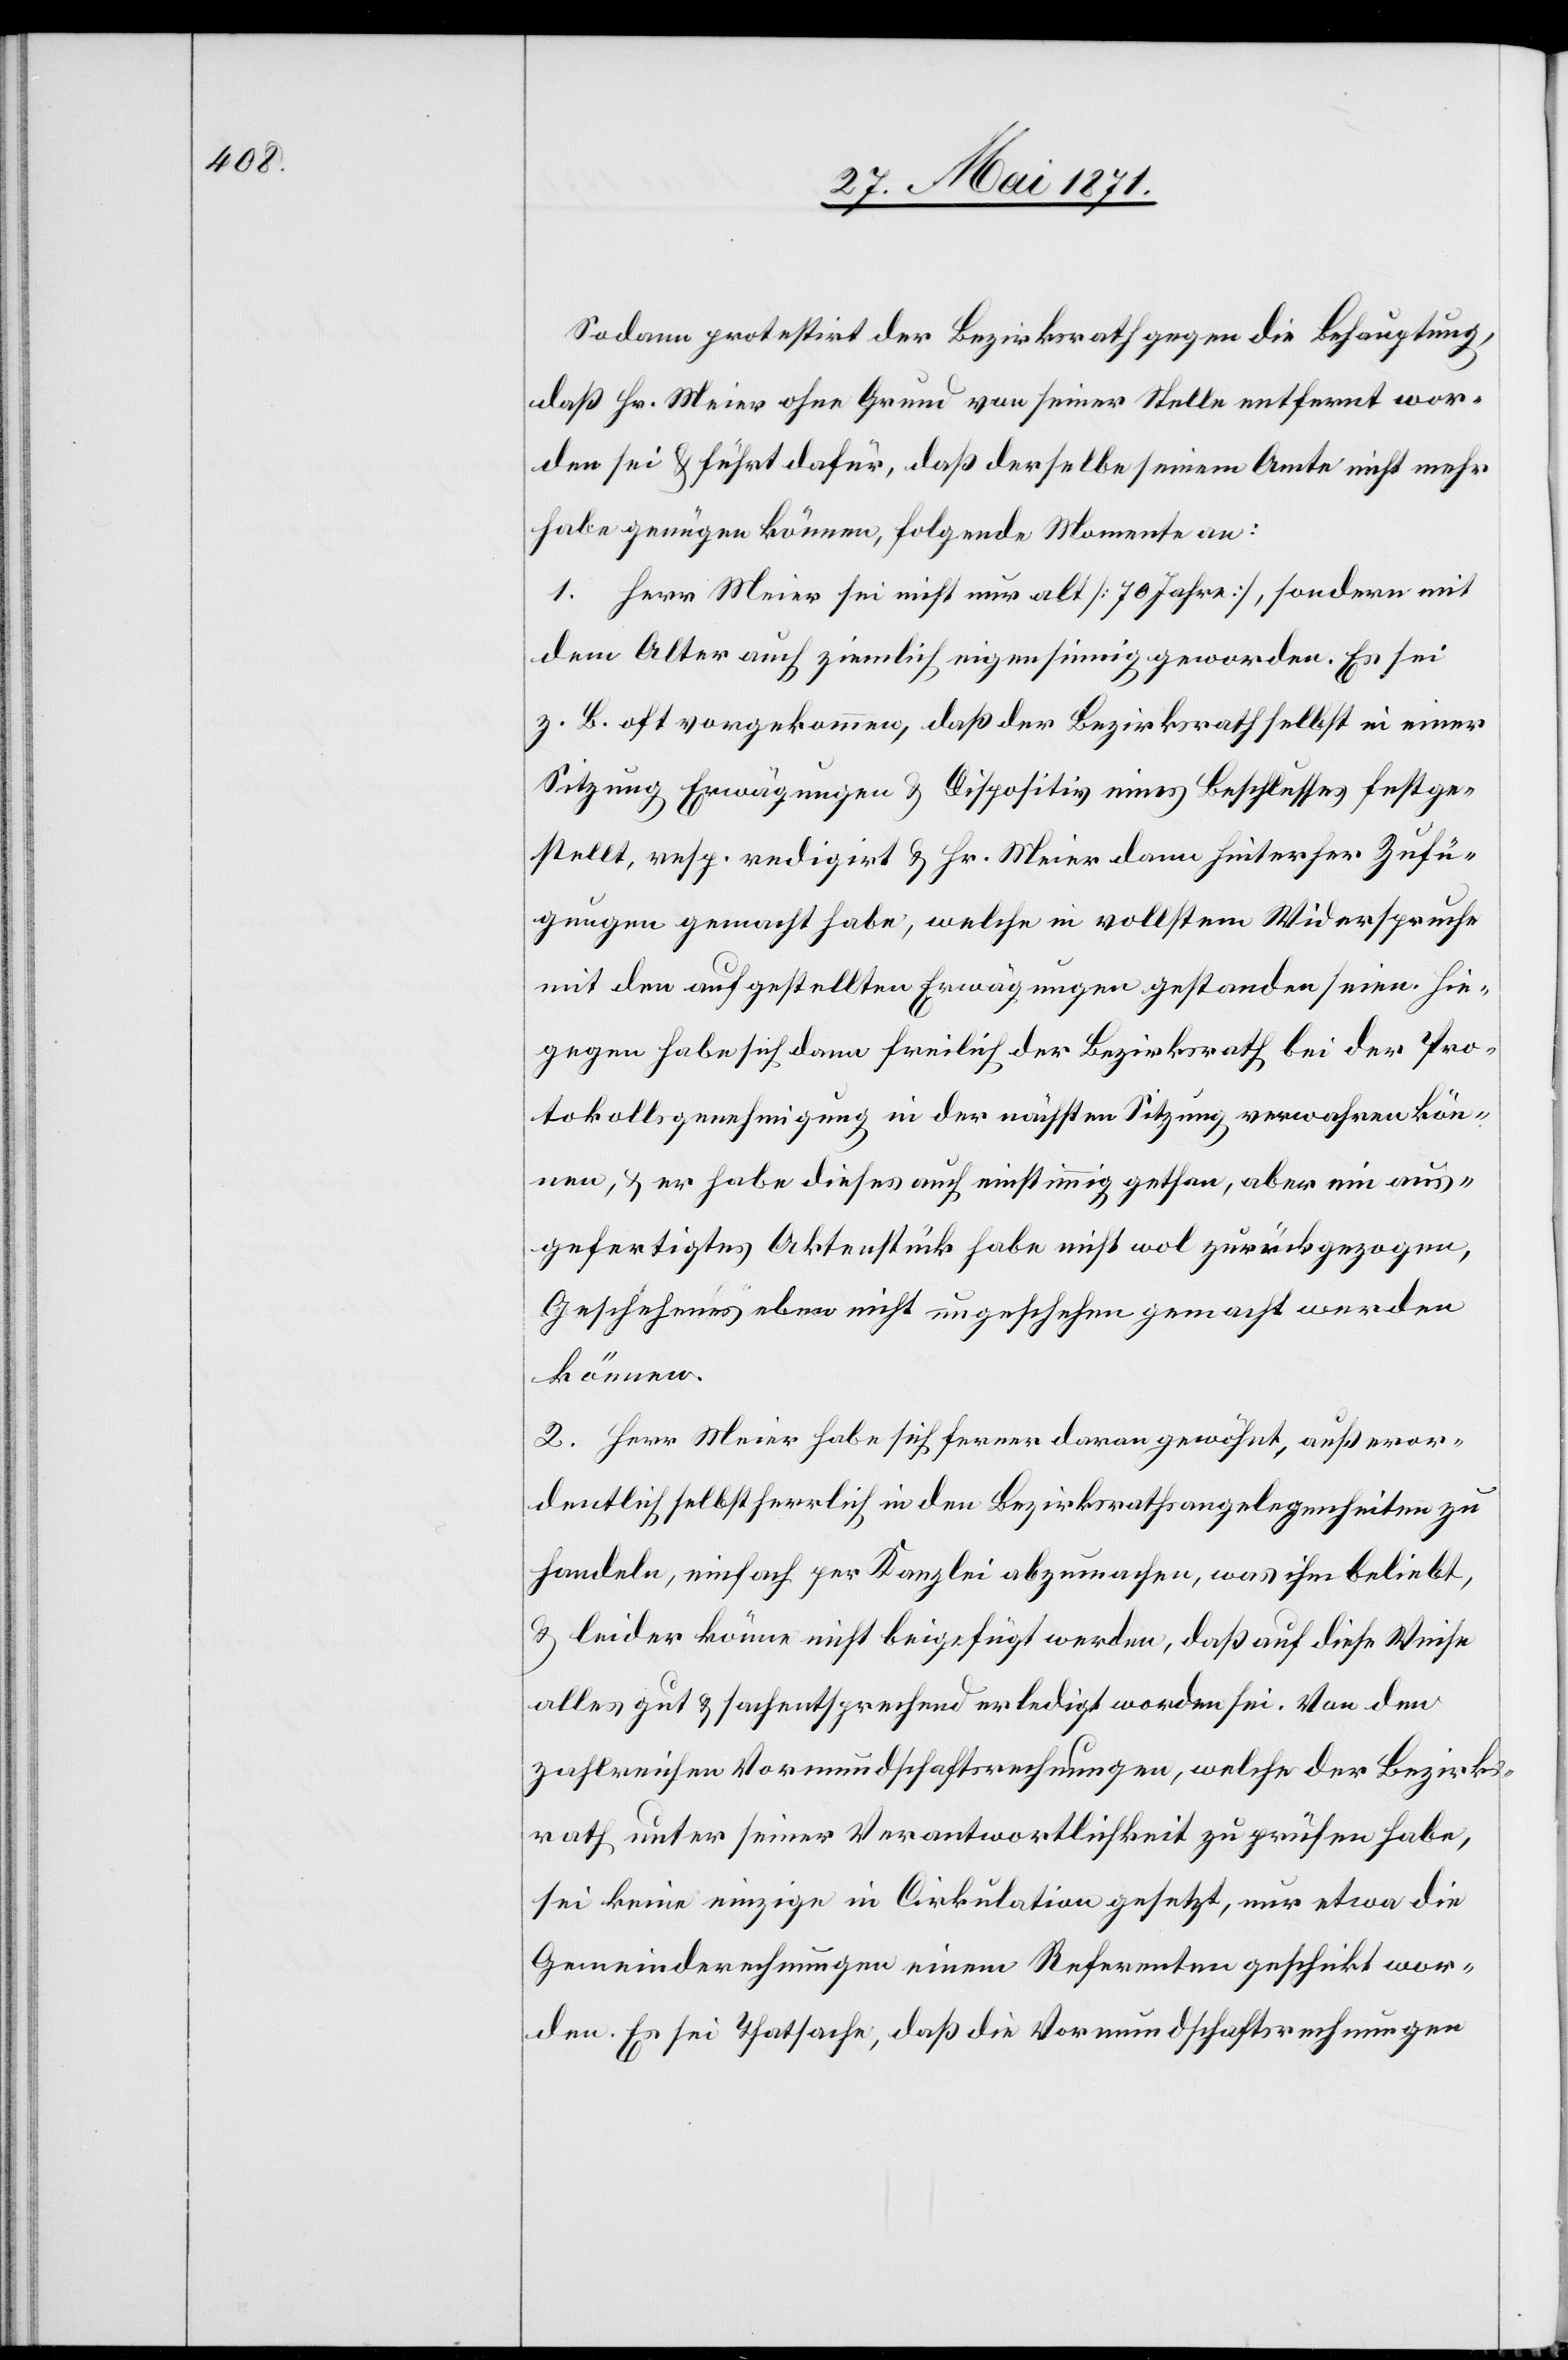
Sodann protestirt der Bezirksrath gegen die Behauptung,
daß Hr. Meier ohne Grund von seiner Stelle entfernt wor¬
den sei u. führt dafür, daß derselbe seinem Amte nicht mehr
habe genügen können, folgende Momente an:
1. Herr Meier sei nicht nur alt [70 Jahre], sondern mit
dem Alter auch ziemlich eigensinnig geworden. Es sei
z. B. oft vorgekommen, daß der Bezirksrath selbst in einer
Sitzung Erwägungen u. Dispositiv eines Beschlusses festge¬
stellt, resp. redigirt u. Hr. Meier dann hinterher Zufü¬
gungen gemacht habe, welche in vollstem Widerspruche
mit den aufgestellten Erwägungen gestanden seien. Hie¬
gegen habe sich dann freilich der Bezirksrath bei der Pro¬
tokollgenehmigung in der nächsten Sitzung verwahren kön¬
nen, u. er habe dieses auch einstimmig gethan, aber ein aus¬
gefertigtes Aktenstück habe nicht wol zurückgezogen,
Geschehenes eben nicht ungeschehen gemacht werden
können.
2. Herr Meier habe sich ferner daran gewöhnt, außeror¬
dentlich selbstherrlich in den Bezirksrathsangelegenheiten zu
handeln, einfach per Kanzlei abzumachen, was ihm beliebt,
u. leider können nicht beigefügt werden, daß auf diese Weise
alles gut u. sachentsprechend erledigt worden sei. Von den
zahlreichen Vormundschaftsrechnungen, welche der Bezirks¬
rath unter seiner Verantwortlichkeit zu prüfen habe,
sei keine einzige in Cirkulation gesetzt, nur etwa die
Gemeinderechnungen einem Referenten geschickt wor¬
den. Es sei Thatsache, daß die Vormundschaftsrechnungen